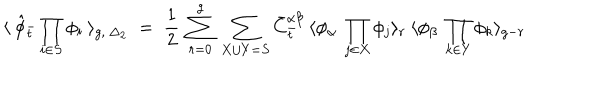
LaTeX: \langle \: { \hat { \phi } } _ { \bar { t } } \prod _ { i \in S } \phi _ { i } \: \rangle _ { g , \: { \Delta _ { 2 } } } \; = \; \frac { 1 } { 2 } \: \sum _ { r = 0 } ^ { g } \: \sum _ { X \cup Y = S } { \bar { C } } _ { \bar { t } } ^ { \alpha \beta } \: \langle \phi _ { \alpha } \: \prod _ { j \in X } \phi _ { j } \rangle _ { r } \: \langle \phi _ { \beta } \: \prod _ { k \in Y } \phi _ { k } \rangle _ { g - r } \,